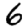
Digit: 6